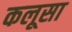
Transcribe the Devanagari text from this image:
कलूसा